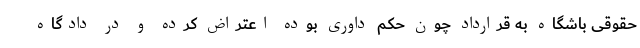
حقوقی باشگاه به قرارداد چون حکم داوری بوده اعتراض کرده و در دادگاه